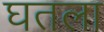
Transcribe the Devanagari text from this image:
घतला